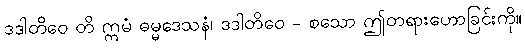
ဒဒါတိဝေ တိ ဣမံ ဓမ္မဒေသနံ၊ ဒဒါတိဝေ - စသော ဤတရားဟောခြင်းကို။